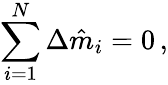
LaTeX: \sum_{i=1}^{N}\Delta\hat{m}_{i}=0\, ,